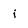
Character: i